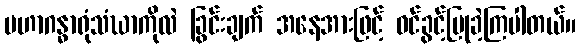
မဟာဂန္ဓာရုံသံဃာကိုလဲ ခြွင်းချက် အနေအားဖြင့် ဝင်ခွင့်ပြုခဲ့ကြပါတယ်။